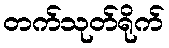
တက်သုတ်ရိုက်